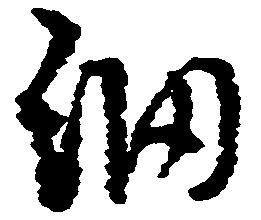
細